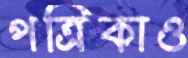
পত্রিকাও